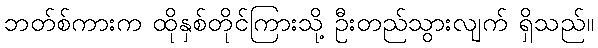
ဘတ်စ်ကားက ထိုနှစ်တိုင်ကြားသို့ ဦးတည်သွားလျက် ရှိသည်။